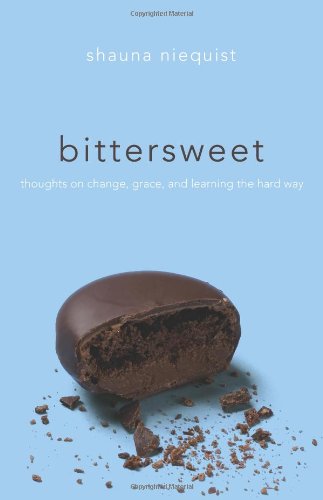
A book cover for Bittersweet: Thoughts on Change, Grace, and Learning the Hard Way; Shauna Niequist; Christian Books & Bibles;